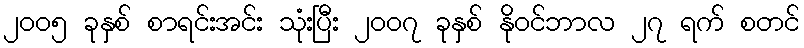
၂၀၀၅ ခုနှစ် စာရင်းအင်း သုံးပြီး ၂၀၀၇ ခုနှစ် နိုဝင်ဘာလ ၂၇ ရက် စတင်